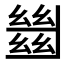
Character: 𢇍